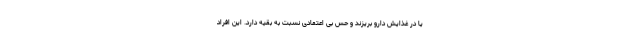
یا در غذایش دارو بریزند و حس بی اعتمادی نسبت به بقیه دارد. این افراد